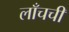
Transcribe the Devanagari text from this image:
लाँचची